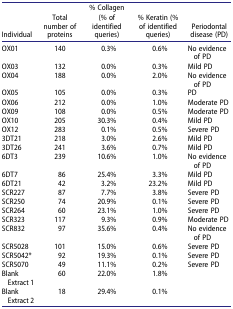
<table><thead><tr><td><b>Individual</b></td><td><b>Total number of proteins</b></td><td><b>% Collagen (% of identified queries)</b></td><td><b>% Keratin (% of identified queries)</b></td><td><b>Periodontal disease (PD)</b></td></tr></thead><tbody><tr><td>OX01</td><td>140</td><td>0.3%</td><td>0.6%</td><td>No evidence of PD</td></tr><tr><td>OX03</td><td>132</td><td>0.0%</td><td>0.3%</td><td>Mild PD</td></tr><tr><td>OX04</td><td>188</td><td>0.0%</td><td>2.0%</td><td>No evidence of PD</td></tr><tr><td>OX05</td><td>105</td><td>0.0%</td><td>0.3%</td><td>PD</td></tr><tr><td>OX06</td><td>212</td><td>0.0%</td><td>1.0%</td><td>Moderate PD</td></tr><tr><td>OX09</td><td>108</td><td>0.0%</td><td>0.5%</td><td>Moderate PD</td></tr><tr><td>OX10</td><td>205</td><td>30.3%</td><td>0.4%</td><td>Mild PD</td></tr><tr><td>OX12</td><td>283</td><td>0.1%</td><td>0.5%</td><td>Severe PD</td></tr><tr><td>3DT21</td><td>218</td><td>3.0%</td><td>2.6%</td><td>Mild PD</td></tr><tr><td>3DT26</td><td>241</td><td>3.6%</td><td>0.7%</td><td>Mild PD</td></tr><tr><td>6DT3</td><td>239</td><td>10.6%</td><td>1.0%</td><td>No evidence of PD</td></tr><tr><td>6DT7</td><td>86</td><td>25.4%</td><td>3.3%</td><td>Mild PD</td></tr><tr><td>6DT21</td><td>42</td><td>3.2%</td><td>23.2%</td><td>Mild PD</td></tr><tr><td>SCR227</td><td>87</td><td>7.7%</td><td>3.8%</td><td>Severe PD</td></tr><tr><td>SCR250</td><td>74</td><td>20.9%</td><td>0.1%</td><td>Severe PD</td></tr><tr><td>SCR264</td><td>60</td><td>23.1%</td><td>1.0%</td><td>Severe PD</td></tr><tr><td>SCR323</td><td>117</td><td>9.3%</td><td>0.9%</td><td>Moderate PD</td></tr><tr><td>SCR832</td><td>97</td><td>35.6%</td><td>0.4%</td><td>No evidence of PD</td></tr><tr><td>SCR5028</td><td>101</td><td>15.0%</td><td>0.6%</td><td>Severe PD</td></tr><tr><td>SCR5042*</td><td>92</td><td>19.3%</td><td>0.1%</td><td>Severe PD</td></tr><tr><td>SCR5070</td><td>49</td><td>11.1%</td><td>0.2%</td><td>Severe PD</td></tr><tr><td>Blank Extract 1</td><td>60</td><td>22.0%</td><td>1.8%</td><td> </td></tr><tr><td>Blank Extract 2</td><td>18</td><td>29.4%</td><td>0.1%</td><td> </td></tr></tbody></table>